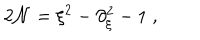
LaTeX: 2 { \cal N } = \xi ^ { 2 } - \partial _ { \xi } ^ { 2 } - 1 \; ,